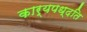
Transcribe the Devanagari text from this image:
कार्यपध्दति